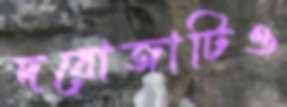
দরোজাটিও